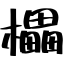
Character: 櫑